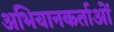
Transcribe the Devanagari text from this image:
अभियानकर्ताओं